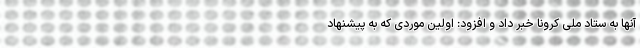
آنها به ستاد ملی کرونا خبر داد و افزود: اولین موردی که به پیشنهاد